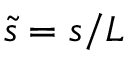
\tilde { s } = s / L